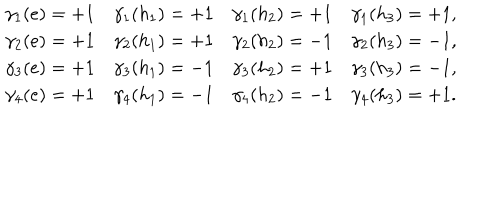
\begin{array} { l l l l } { { \gamma _ { 1 } ( e ) = + 1 } } & { { \gamma _ { 1 } ( h _ { 1 } ) = + 1 } } & { { \gamma _ { 1 } ( h _ { 2 } ) = + 1 } } & { { \gamma _ { 1 } ( h _ { 3 } ) = + 1 , } } \\ { { \gamma _ { 2 } ( e ) = + 1 } } & { { \gamma _ { 2 } ( h _ { 1 } ) = + 1 } } & { { \gamma _ { 2 } ( h _ { 2 } ) = - 1 } } & { { \gamma _ { 2 } ( h _ { 3 } ) = - 1 , } } \\ { { \gamma _ { 3 } ( e ) = + 1 } } & { { \gamma _ { 3 } ( h _ { 1 } ) = - 1 } } & { { \gamma _ { 3 } ( h _ { 2 } ) = + 1 } } & { { \gamma _ { 3 } ( h _ { 3 } ) = - 1 , } } \\ { { \gamma _ { 4 } ( e ) = + 1 } } & { { \gamma _ { 4 } ( h _ { 1 } ) = - 1 } } & { { \gamma _ { 4 } ( h _ { 2 } ) = - 1 } } & { { \gamma _ { 4 } ( h _ { 3 } ) = + 1 . } } \\ \end{array}